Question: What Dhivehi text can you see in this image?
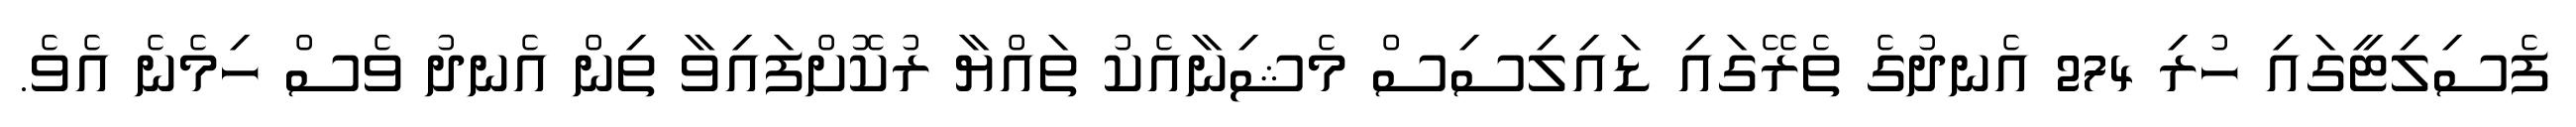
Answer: ފެސިލިޓީގައި ހުރި 274 އެނދުގެ ތެރޭގައި ޑައިލިސިސް މެޝިނާއެކު ތައްޔާ ރުކޮށްފައިވާ ތިން އެނދު ވެސް ހިމެނެ އެވެ.